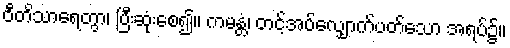
ဝီတိသာရေတွာ၊ ပြီးဆုံးစေ၍။ ကမန္တံ၊ တင့်အပ်လျှောက်ပတ်သော အရပ်၌။